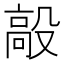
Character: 毃